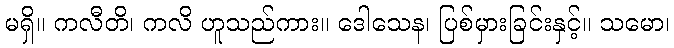
မရှိ။ ကလီတိ၊ ကလိ ဟူသည်ကား။ ဒေါသေန၊ ပြစ်မှားခြင်းနှင့်။ သမော၊